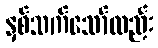
နှစ်သက်သော်လည်း